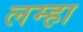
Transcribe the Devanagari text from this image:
लम्हा